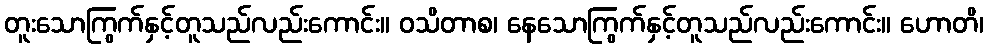
တူးသောကြွက်နှင့်တူသည်လည်းကောင်း။ ဝသိတာစ၊ နေသောကြွက်နှင့်တူသည်လည်းကောင်း။ ဟောတိ၊